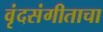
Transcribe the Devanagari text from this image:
वृंदसंगीताचा